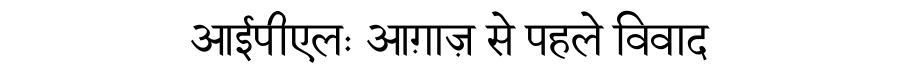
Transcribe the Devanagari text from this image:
आईपीएलः आग़ाज़ से पहले विवाद